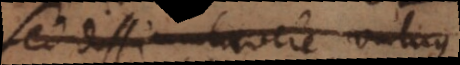
sed dissimulavere vulnus